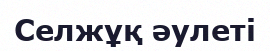
Селжұқ әулеті